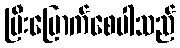
ပြီးမြောက်စေပါသည်